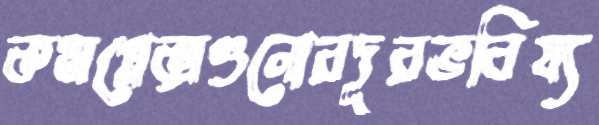
কমপ্লেক্সগুলোরদূরভবিষ্য